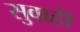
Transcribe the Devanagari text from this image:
सुवाही